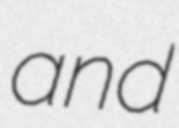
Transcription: and